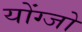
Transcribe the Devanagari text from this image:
योंग्जो